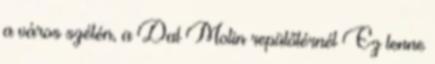
a város szélén, a Dal Molin repülőtérnél Ez lenne